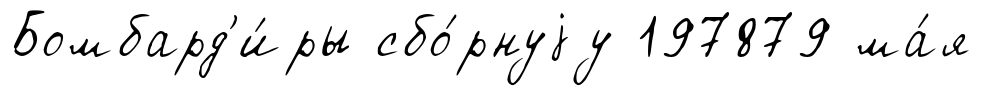
Бомбард'и́ры сбо́рнуjу 197879 ма́я